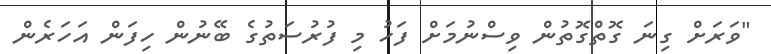
"ވަރަށް ގިނަ ގޮތްގޮތުން ވިސްނުމަށް ފަހު މި ފުރުސަތުގެ ބޭނުން ހިފަން އަހަރެން